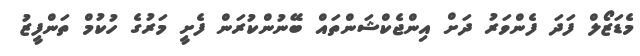
މެޑަޒޯލް ފަދަ ފެންވަރު ދަށް އިންޖެކްޝަންތައް ބޭނުންކުރަން ފެށީ މަރުގެ ހުކުމް ތަންފީޒު